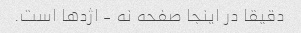
دقیقا در اینجا صفحه نه - اژدها است.